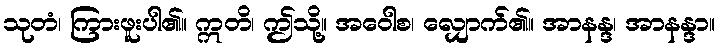
သုတံ၊ ကြားဖူးပါ၏။ ဣတိ၊ ဤသို့။ အဝေါစ၊ လျှောက်၏။ အာနန္ဒ၊ အာနန္ဒာ။